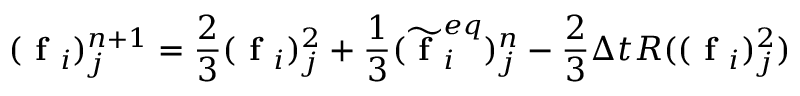
( \textbf { f } _ { i } ) _ { j } ^ { n + 1 } = \frac { 2 } { 3 } ( \textbf { f } _ { i } ) _ { j } ^ { 2 } + \frac { 1 } { 3 } ( \widetilde { \textbf { f } } _ { i } ^ { e q } ) _ { j } ^ { n } - \frac { 2 } { 3 } \Delta t R ( ( \textbf { f } _ { i } ) _ { j } ^ { 2 } )